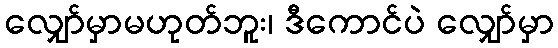
လျှော်မှာမဟုတ်ဘူး၊ ဒီကောင်ပဲ လျှော်မှာ